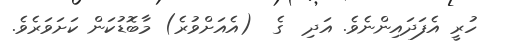
ހުރީ އެފަދައިންނެވެ. އަދި  ގެ  (އެއަށްވުރެ) މާބޮޑުކަން ކަށަވަރެވެ.